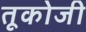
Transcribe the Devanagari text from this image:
तूकोजी